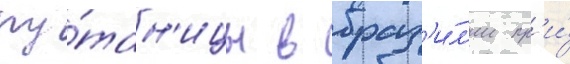
пу́тан'ицы в браз'и́л'ии пр'и́